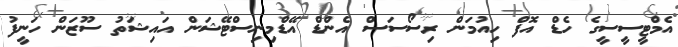
އެމްޓީސީސީގެ ހެޑް އޮފް ހިއުމަން ރިސޯސަސް އެންޑް އޭޑްމިނިސްޓޭޝަން އައިޝަތު ސޫޒަން ހަނީފު